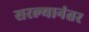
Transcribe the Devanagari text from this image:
सरल्यानंतर